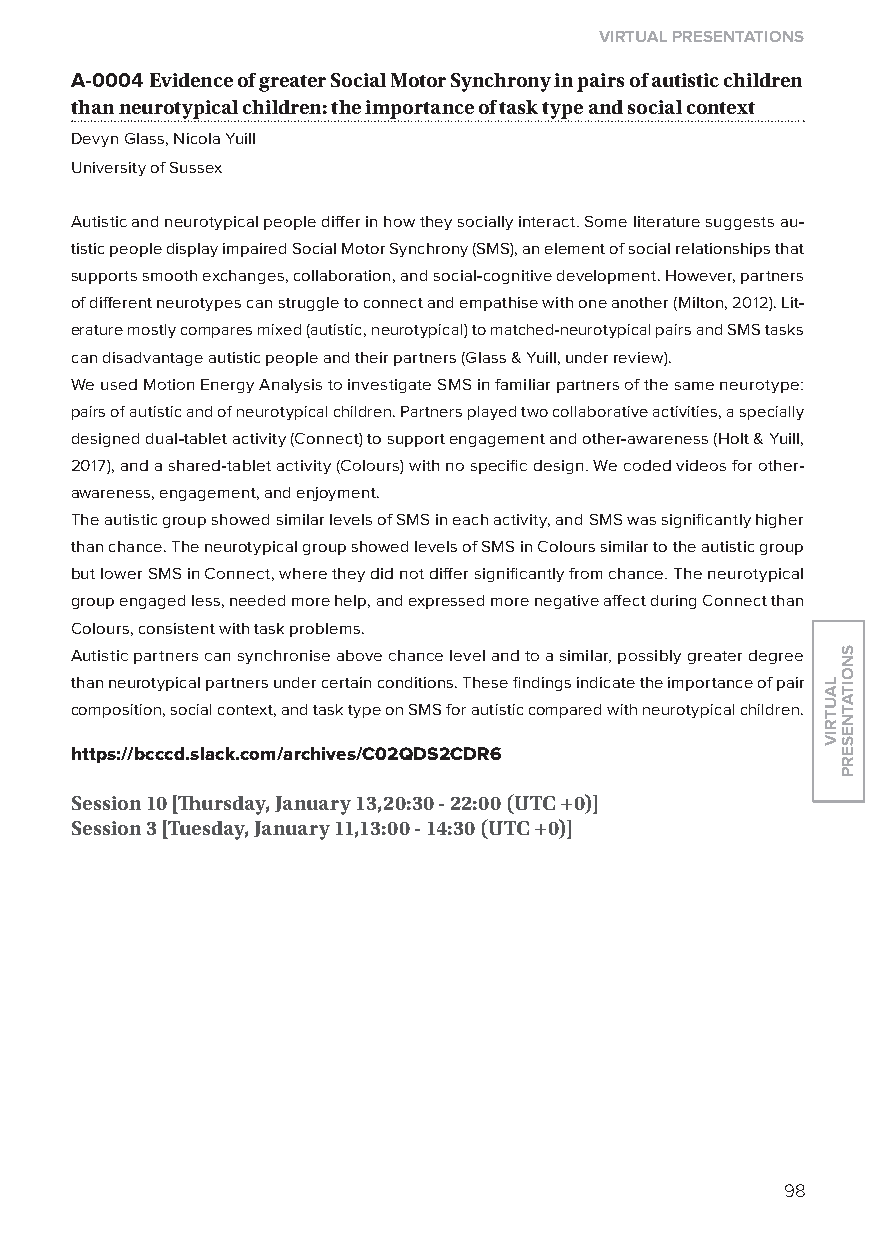
virtual presentations
 A-0004 evidence of greater social motor synchrony in pairs of autistic children
 than neurotypical children: the importance of task type and social context
 Devyn Glass, Nicola yuill
 University of Sussex
 Autistic and neurotypical people differ in how they socially interact. Some literature suggests au-
 tistic people display impaired Social Motor Synchrony (SMS), an element of social relationships that
 supports smooth exchanges, collaboration, and social-cognitive development. However, partners
 of different neurotypes can struggle to connect and empathise with one another (Milton, 2012). lit-
 erature mostly compares mixed (autistic, neurotypical) to matched-neurotypical pairs and SMS tasks
 can disadvantage autistic people and their partners (Glass & yuill, under review).
 We used Motion Energy Analysis to investigate SMS in familiar partners of the same neurotype:
 pairs of autistic and of neurotypical children. Partners played two collaborative activities, a specially
 designed dual-tablet activity (Connect) to support engagement and other-awareness (Holt & yuill,
 2017), and a shared-tablet activity (Colours) with no specific design. We coded videos for other-
 awareness, engagement, and enjoyment.
 The autistic group showed similar levels of SMS in each activity, and SMS was significantly higher
 than chance. The neurotypical group showed levels of SMS in Colours similar to the autistic group
 but lower SMS in Connect, where they did not differ significantly from chance. The neurotypical
 group engaged less, needed more help, and expressed more negative affect during Connect than
 Colours, consistent with task problems.
 Autistic partners can synchronise above chance level and to a similar, possibly greater degree
 than neurotypical partners under certain conditions. These findings indicate the importance of pair
 composition, social context, and task type on SMS for autistic compared with neurotypical children.
 https://bcccd.slack.com/archives/C02Qds2Cdr6
 session 10 [Thursday, January 13,20:30 - 22:00 (utC +0)]
 session 3 [tuesday, January 11,13:00 - 14:30 (utC +0)]
 98
 lautriv
 snoitatneserp